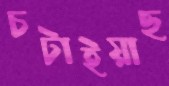
চটাইয়াছ